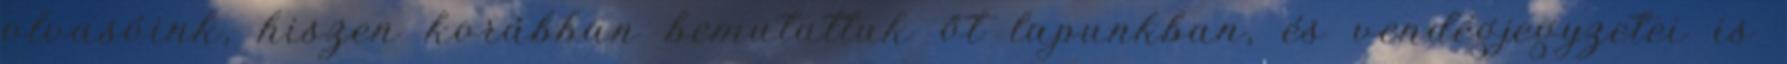
olvasóink, hiszen korábban bemutattuk őt lapunkban, és vendégjegyzetei is